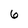
Character: 6